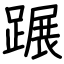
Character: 蹍